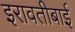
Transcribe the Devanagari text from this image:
इरावतीबाई